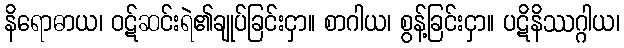
နိရောဓာယ၊ ဝဋ်ဆင်းရဲ၏ချုပ်ခြင်းငှာ။ စာဂါယ၊ စွန့်ခြင်းငှာ။ ပဋိနိဿဂ္ဂါယ၊